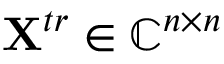
\mathbf { X } ^ { t r } \in \mathbb { C } ^ { n \times n }